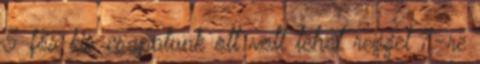
5 fős kis csapatunk ott volt tehát reggel 7-re